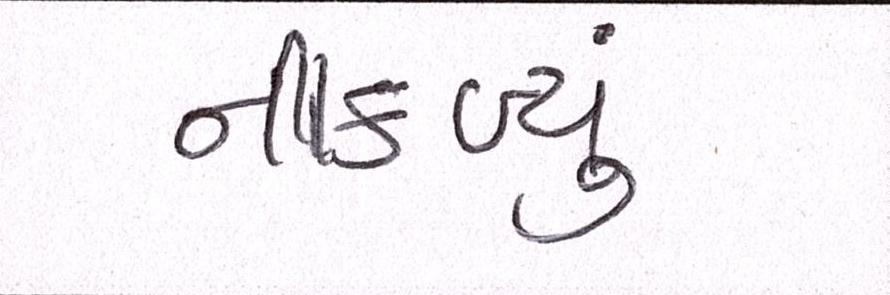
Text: નીકળ્યું